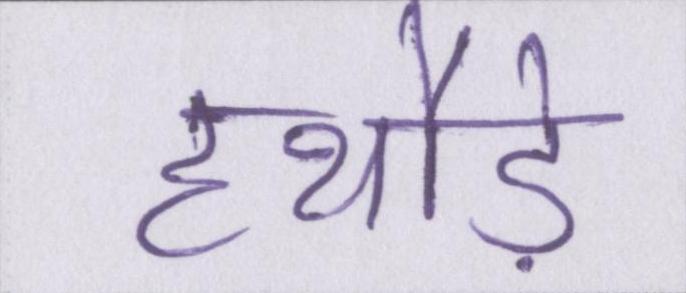
हथौड़े